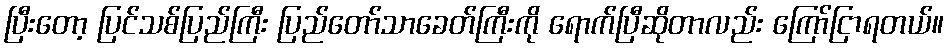
ပြီးတော့ ပြင်သစ်ပြည်ကြီး ပြည်တော်သာခေတ်ကြီးကို ရောက်ပြီဆိုတာလည်း ကြော်ငြာရတယ်။